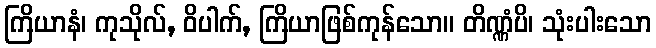
ကြိယာနံ၊ ကုသိုလ်, ဝိပါက်, ကြိယာဖြစ်ကုန်သော။ တိဏ္ဏံပိ၊ သုံးပါးသော